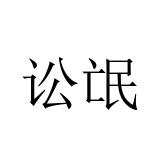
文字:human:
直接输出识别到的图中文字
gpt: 讼氓